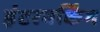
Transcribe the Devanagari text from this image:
इंटरवर्किंग